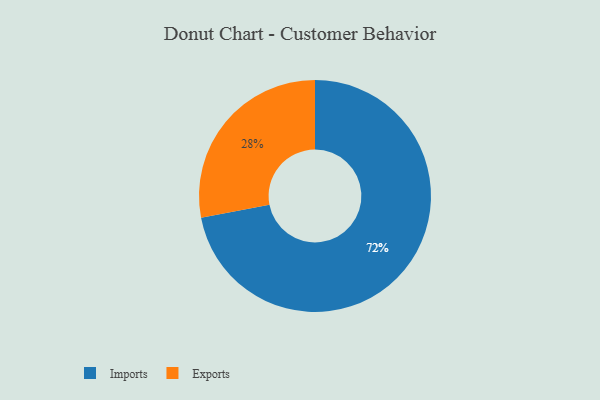
{"axis": {"x": "Category", "y": "Percentage"}, "legend": ["Exports", "Imports"], "data": [{"x": "Exports", "y": 28, "type": "Exports"}, {"x": "Imports", "y": 72, "type": "Imports"}]}